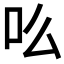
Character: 䶸